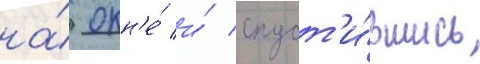
на́ окн'е́ и́ спуст'и́вшись